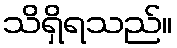
သိရှိရသည်။